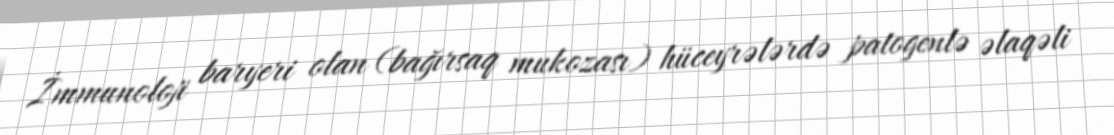
İmmunoloji baryeri olan (bağırsaq mukozası) hüceyrələrdə patogenlə əlaqəli